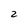
Character: 2